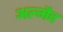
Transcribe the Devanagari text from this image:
अल्मैद